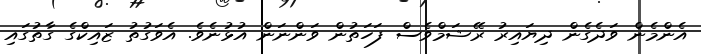
އެންމެން ވަދެގެން ދިޔައިރު ރޭޝަމްވެސް ފަހަތުން ވަންނަން އުޅުނެވެ. އެވަގުތު ޒައިކްގެ ގާތުގައި